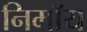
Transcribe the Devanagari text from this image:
निमाॅय